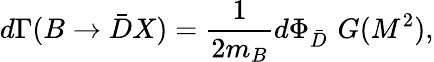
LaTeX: d\Gamma(B\to\bar{D}X)=\frac{1}{2m_{B}}d\Phi_{\bar{D}}\, \, G(M^{2}),